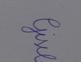
Signature authenticity: genuine